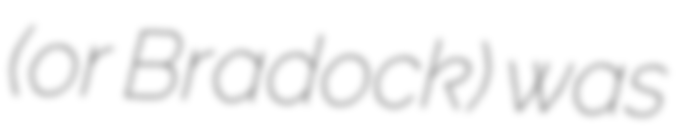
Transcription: (or Bradock) was